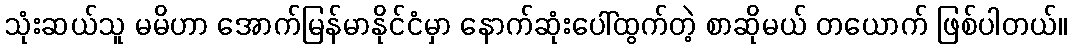
သုံးဆယ်သူ မမိဟာ အောက်မြန်မာနိုင်ငံမှာ နောက်ဆုံးပေါ်ထွက်တဲ့ စာဆိုမယ် တယောက် ဖြစ်ပါတယ်။